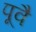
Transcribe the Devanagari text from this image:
पूवै